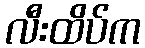
လီးထိပ်က